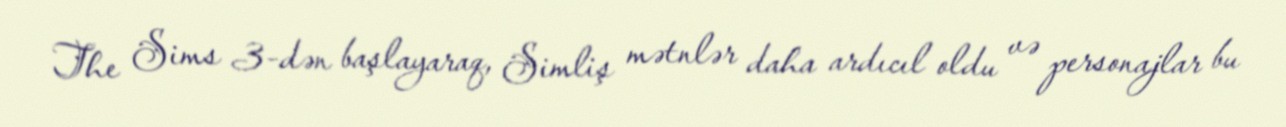
The Sims 3-dən başlayaraq, Simliş mətnlər daha ardıcıl oldu və personajlar bu